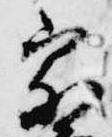
宗